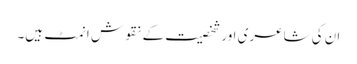
ان کی شاعری اور شخصیت کے نقوش انمٹ ہیں۔